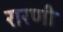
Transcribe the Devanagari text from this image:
रारणी